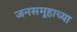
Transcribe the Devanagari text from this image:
जनसमूहाच्या